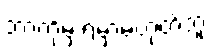
ဘာကိုမှ ရမှာမဟုတ်ဘူး